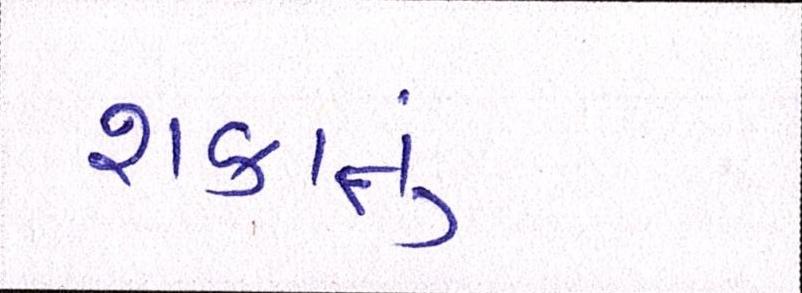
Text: શકાતું